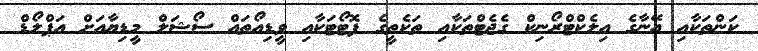
ކަންތަކާއި އޭނާގެ އިލެކްޓްރޯނިކް ގެޖެޓްތަކާއި ތަކެތީގެ ފޮޓޯޓަކާއި ވީޑިއޯތައް ސޯޝަލް މީޑިޔާއަށް އަޕްލޯޑް